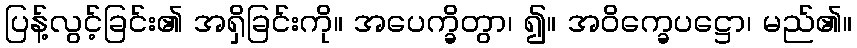
ပြန့်လွင့်ခြင်း၏ အရှိခြင်းကို။ အပေက္ခိတွာ၊ ၍။ အဝိက္ခေပဋ္ဌော၊ မည်၏။